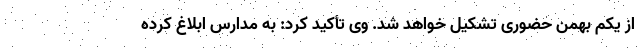
از یکم بهمن حضوری تشکیل خواهد شد. وی تأکید کرد: به مدارس ابلاغ کرده